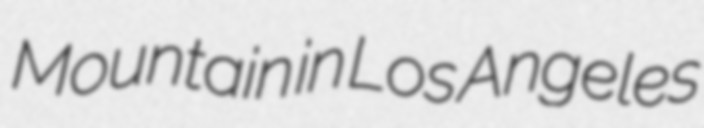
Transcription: Mountain in Los Angeles